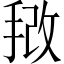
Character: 𫼿